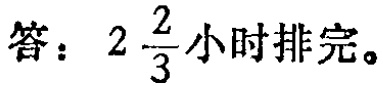
答：\(2\frac{2}{3}\)小时排完。